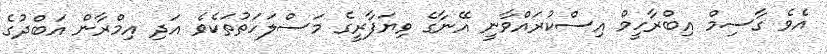
އެވެ ގާސިމް އިބްރާހީމް އިސްކުރައްވާނީ އޭނާގެ ވިޔަފާރީގެ މަސްލަހަތުތަކެވެ އަދި އިމްރާން އަބްދުގެ